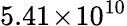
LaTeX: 5.41\! \times\! 10^{10}